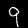
Digit: 9